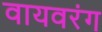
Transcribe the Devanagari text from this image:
वायवरंग